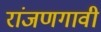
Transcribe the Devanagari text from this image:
रांजणगावी